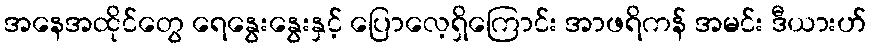
အနေအထိုင်တွေ ရေနွေးနွေးနှင့် ပြောလေ့ရှိကြောင်း အာဖရိကန် အမင်း ဒီယားဟ်